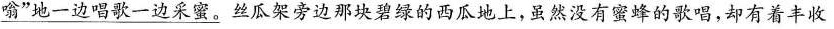
\underline{嗡”地一边唱歌一边采蜜。}丝瓜架旁边那块碧绿的西瓜地上，虽然没有蜜蜂的歌唱，却有着丰收